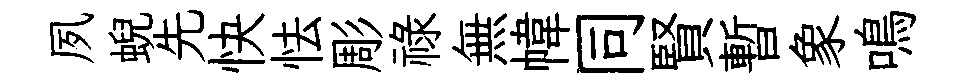
夙蜺先快怯彫禄無幃同賢暫象鳴